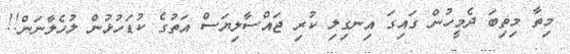
މިތާ މިތިބަ ދެމީހުން ގައިގަ އިނގިލި ކުރި ޖައްސާލިޔަސް އަތުގެ ކުޑަހުޅުން ލުހެލާނަން!!